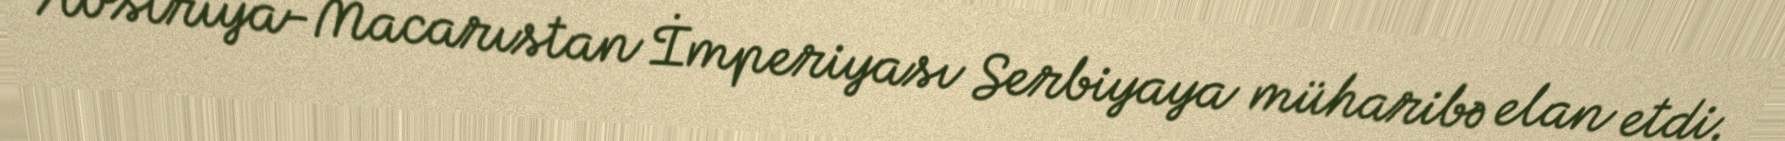
Avstriya-Macarıstan İmperiyası Serbiyaya müharibə elan etdi.